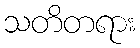
သတိတရား